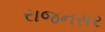
રાજનસર